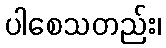
ပါစေသတည်း၊